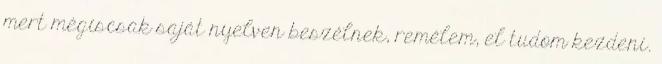
mert mégiscsak saját nyelven beszélnek, remélem, el tudom kezdeni.